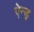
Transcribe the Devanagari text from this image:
ऐन्ड्